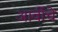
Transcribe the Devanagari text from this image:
आर्वीचे